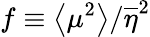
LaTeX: f\equiv\left<\mu^{2}\right>/\overline{{\eta}}^{2}